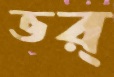
ভর্